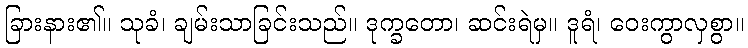
ခြားနား၏။ သုခံ၊ ချမ်းသာခြင်းသည်။ ဒုက္ခတော၊ ဆင်းရဲမှ။ ဒူရံ၊ ဝေးကွာလှစွာ။